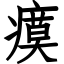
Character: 瘼